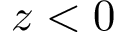
z < 0